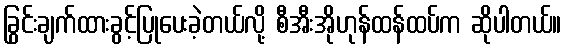
ခြွင်းချက်ထားခွင့်ပြုပေးခဲ့တယ်လို့ စီအီးအိုဟုန်ထန်ထပ်က ဆိုပါတယ်။